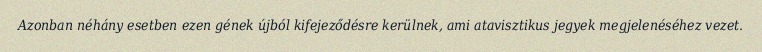
Azonban néhány esetben ezen gének újból kifejeződésre kerülnek, ami atavisztikus jegyek megjelenéséhez vezet.